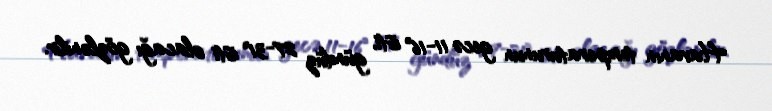
Havanın temperaturunun gecə 11-16° isti, gündüz 27-31° isti olacağı gözlənilir.